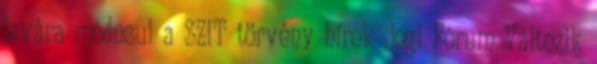
javára módosul a SZIT törvény hírek Jogi Fórum Változik